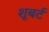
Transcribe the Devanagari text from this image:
शूबर्ट